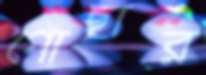
গোছার